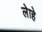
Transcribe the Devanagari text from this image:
लेाहे